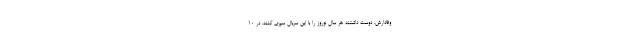
وفادارش، دوست داشتند هر سال نوروز را با این سریال سپری کنند. در 10